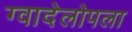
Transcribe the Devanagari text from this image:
ग्वादेलोपला